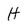
Character: H